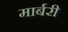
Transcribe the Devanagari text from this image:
मार्बरी